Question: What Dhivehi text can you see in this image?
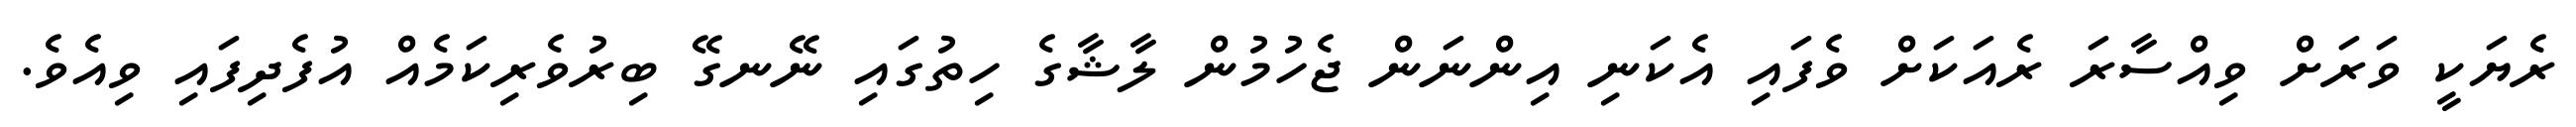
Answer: ރެޔަކީ ވަރަށް ވިއްސާރަ ރެއަކަށް ވެފައި އެކަނި އިންނަން ޖެހުމުން ލާޝާގެ ހިތުގައި ނޭނގޭ ބިރުވެރިކަމެއް އުފެދިފައި ވިއެވެ.